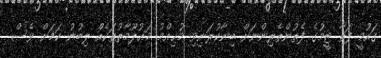
ގައުމީ ފަތާ ޓީމުގެ ފެތުންތެރިންނަށް ބިނާކުރަނިވި މުޙިއްމު މަޢުލޫމާތުތަކެއް ލިބުނު ކަމަށް ވެސް